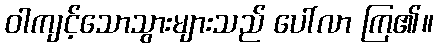
ဝါကျင့်သောသွားများသည် ပေါ်လာ ကြ၏။